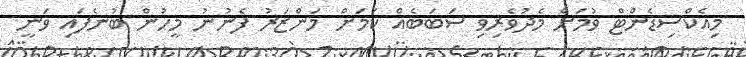
މިއެކްސިޑެންޓް ވުމަށް މެދުވެރިވި ސަބަބެއް ކަމަށް މަންޒަރު ފެނުނު މީހުން ބުނެފައި ވަނީ